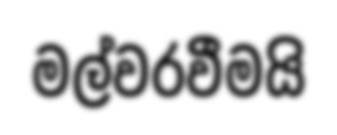
මල්වරවීමයි